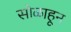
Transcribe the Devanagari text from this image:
सोळाहून